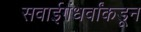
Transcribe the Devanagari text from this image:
सवाईगंधर्वांकडून